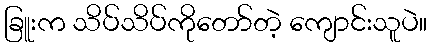
ခြူးက သိပ်သိပ်ကိုတော်တဲ့ ကျောင်းသူပဲ။